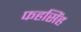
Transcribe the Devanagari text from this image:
फहसिंह